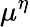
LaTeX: \mu^{\eta}